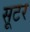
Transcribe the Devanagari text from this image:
सूटर